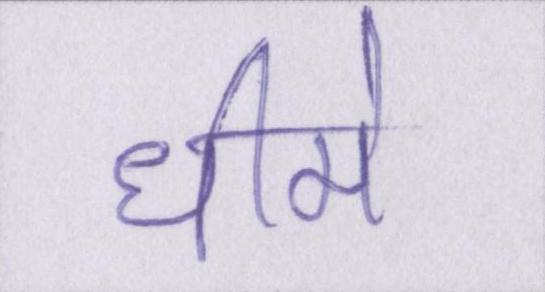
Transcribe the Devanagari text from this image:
धीमे